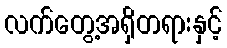
လက်တွေ့အရှိတရားနှင့်